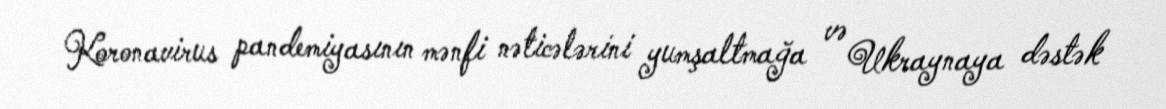
Koronavirus pandemiyasının mənfi nəticələrini yumşaltmağa və Ukraynaya dəstək